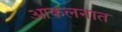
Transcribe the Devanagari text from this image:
आकलनात